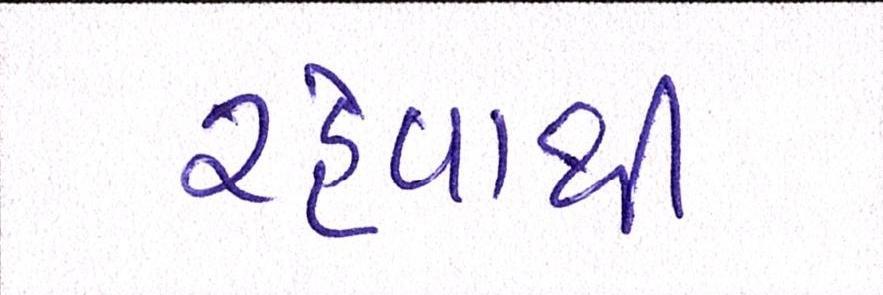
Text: રહેવાથી